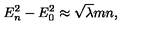
E _ { n } ^ { 2 } - E _ { 0 } ^ { 2 } \approx \sqrt { \lambda } m n ,